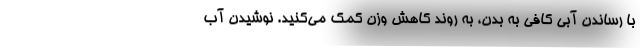
با رساندن آبی کافی به بدن، به روند کاهش وزن کمک می‌کنید. نوشیدن آب